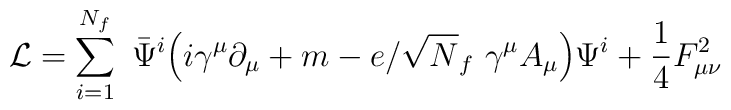
{\cal L} =  \sum_{i=1}^{N_f}~ \bar{{\Psi}}^i\Big(i\gamma^{\mu} \partial_{\mu}+ m - e/\sqrt N_f ~\gamma^{\mu} A_{\mu}\Big) \Psi^{i}+\frac{1}{4} F_{{\mu}{\nu}}^2